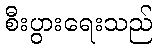
စီးပွားရေးသည်